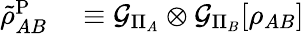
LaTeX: \begin{array}{rl}{\tilde{\rho}_{AB}^{\mathrm{P}}}&{{}\equiv\mathcal{G}_{\Pi_{A}}\otimes\mathcal{G}_{\Pi_{B}}[\rho_{AB}]}\end{array}